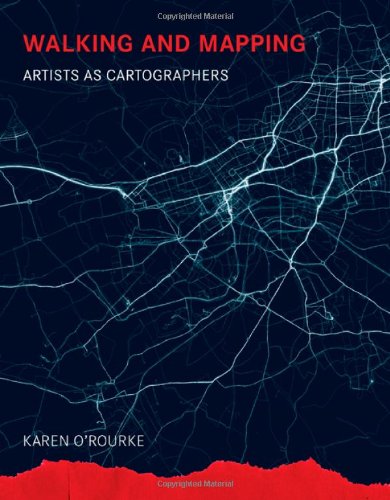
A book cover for Walking and Mapping: Artists as Cartographers (Leonardo Book Series); Karen O'Rourke; Arts & Photography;